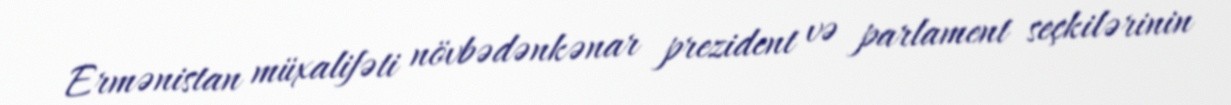
Ermənistan müxalifəti növbədənkənar prezident və parlament seçkilərinin